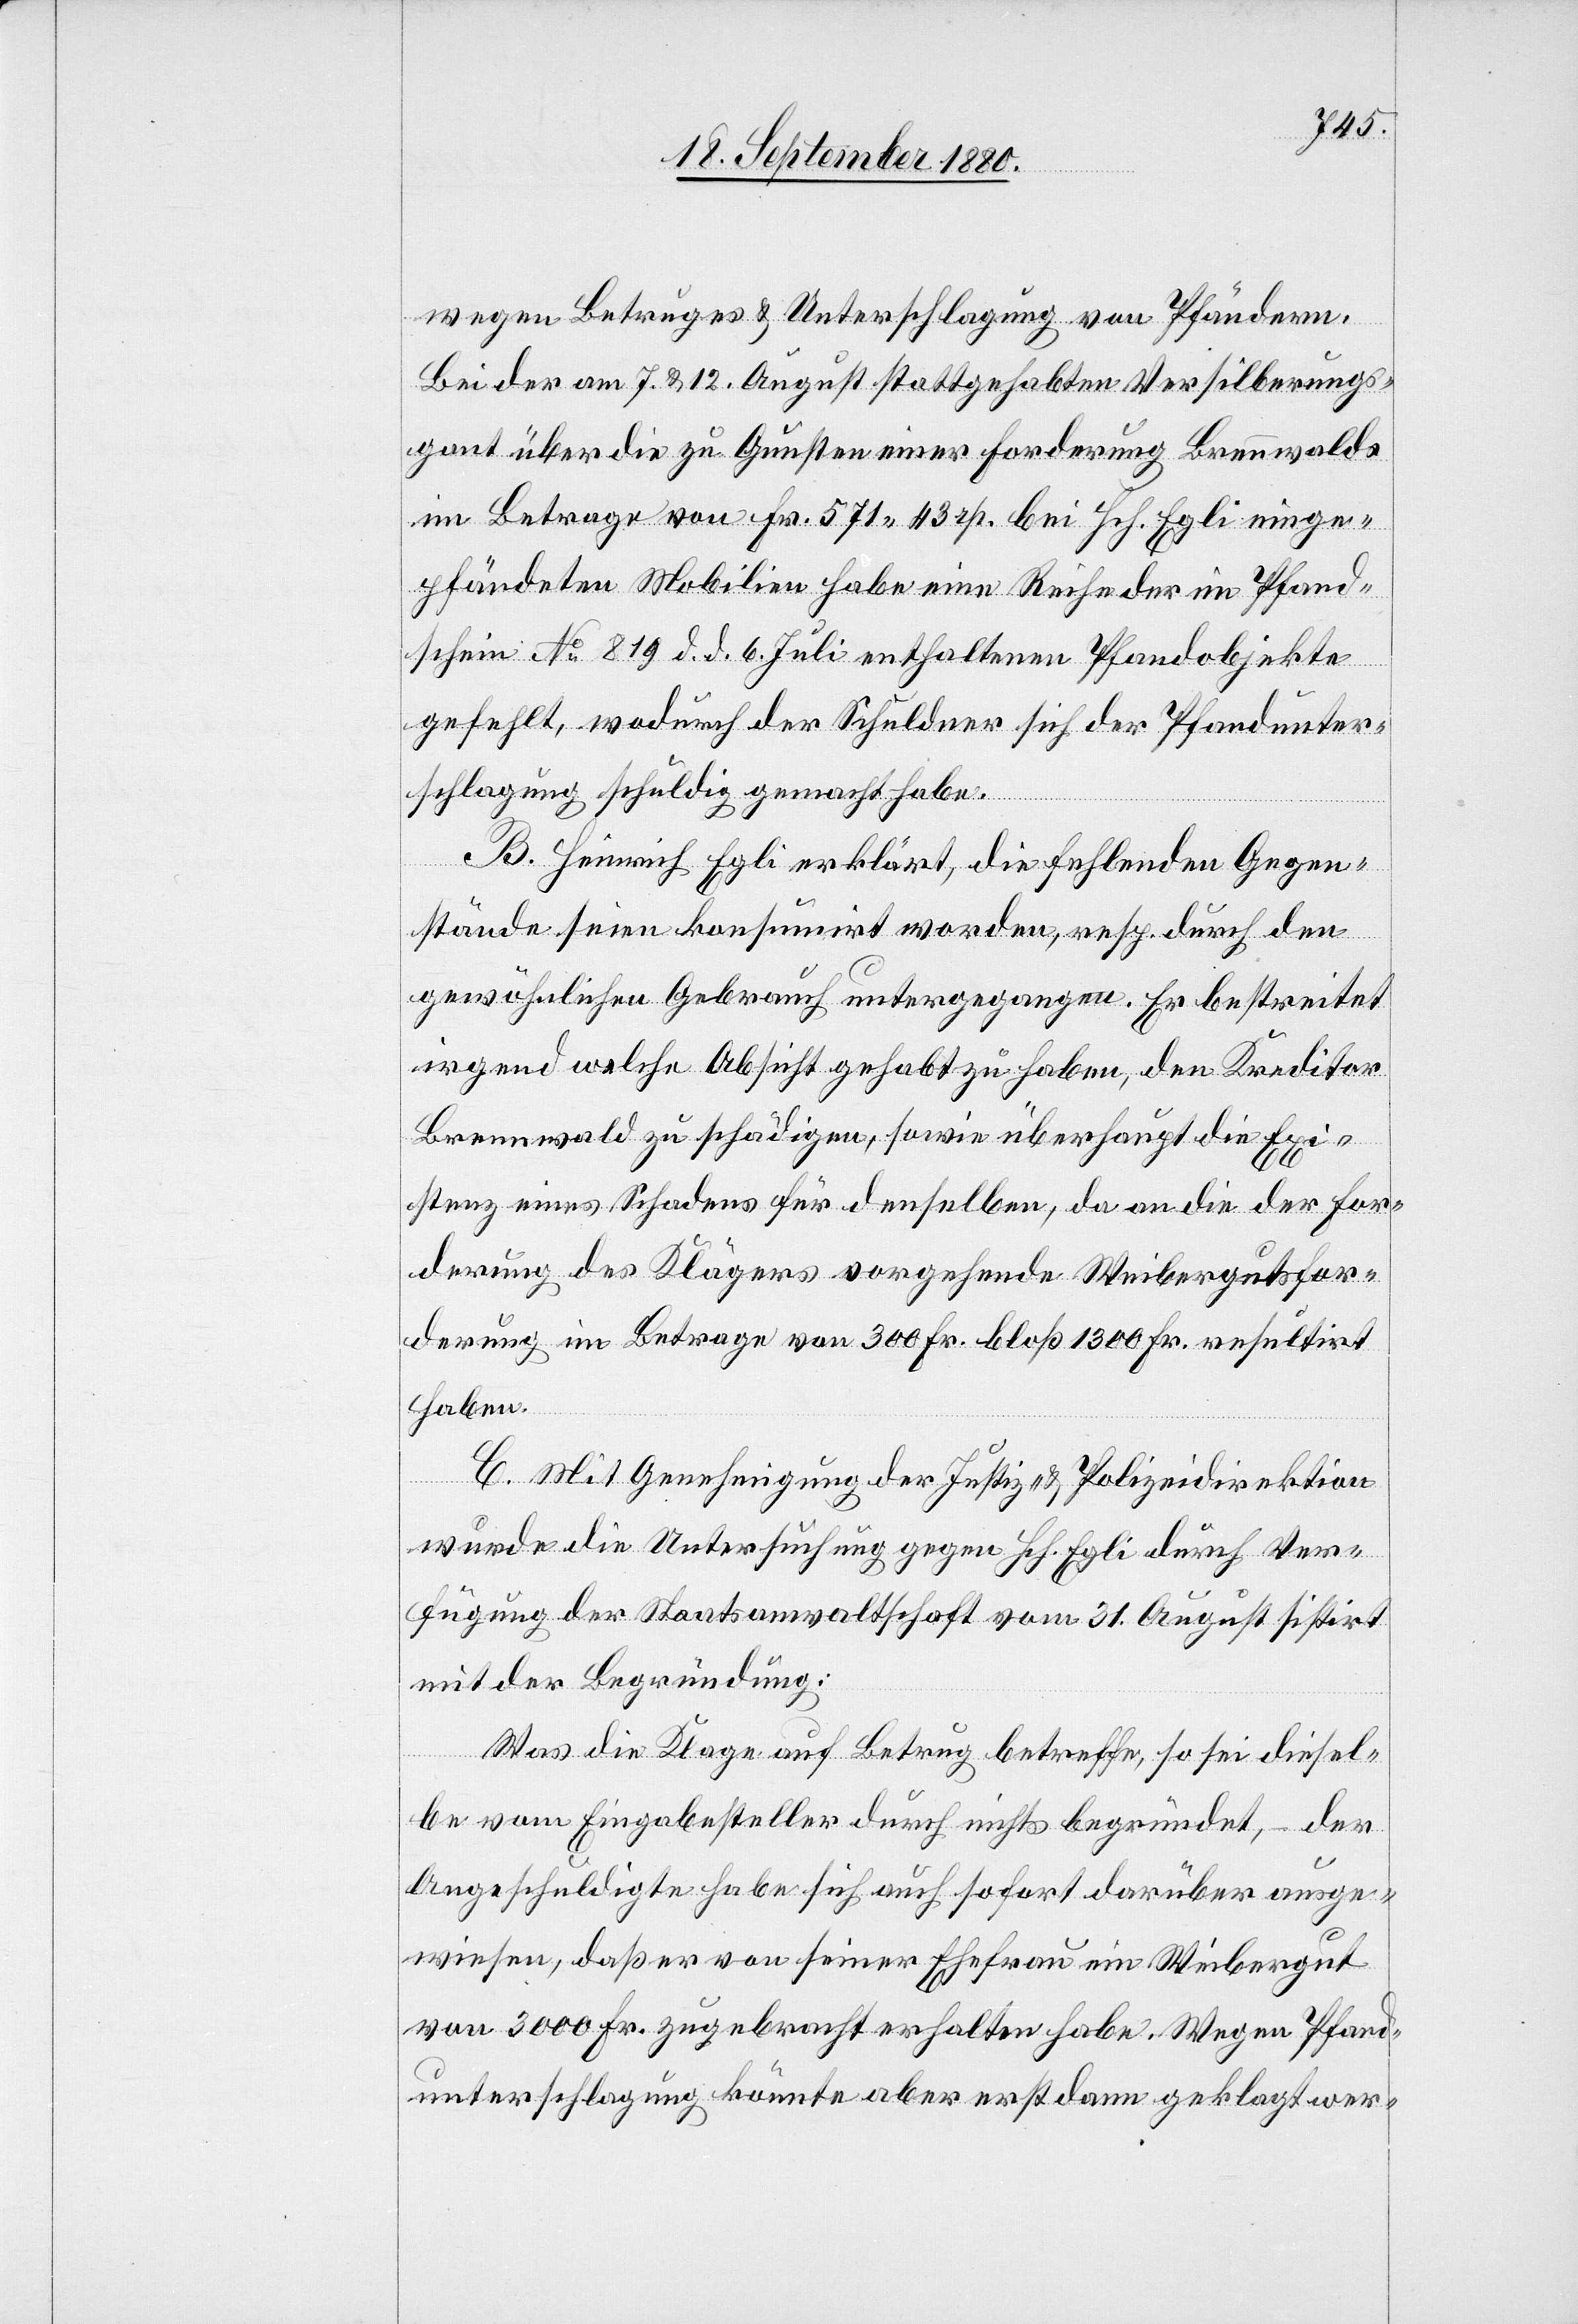
wegen Betruge & Unterschlagung von Pfändern.
Bei der am 7. & 12. August stattgehabten Versilberungs¬
gant über die zu Gunsten einer Forderung Brennwalds
im Betrage von Fr. 571 43 Rp. bei Hch. Egli einge¬
pfändeten Mobilien habe eine Reihe der im Pfand¬
schein No 819 d. d. 6. Juli enthaltenen Pfandobjekte
gefehlt, wodurch der Schuldner sich der Pfandunter¬
schlagung schuldig gemacht habe.
B. Heinrich Egli erklärt, die fehlenden Gegen¬
stände seien konsumirt worden, resp. durch den
gewöhnlichen Gebrauch untergegangen. Er bestreitet
irgendwelche Absicht gehabt zu haben, den Kreditor
Brennwald zu schädigen, sowie überhaupt die Exi¬
stenz eines Schadens für denselben, da an die der For¬
derung des Klägers vorgehende Weibergutsfor¬
derung im Betrage von 300 Fr. bloß 1300 Fr. resultirt
haben.
C. Mit Genehmigung der Justiz- & Polizeidirektion
wurde die Untersuchung gegen Hch. Egli durch Ver¬
fügung der Staatsanwaltschaft vom 31. August sistirt
mit der Begründung:
Was die Klage auf Betrug betreffe, so sei diesel¬
be vom Eingabesteller durch nichts begründet, der
Angeschuldigte habe sich auch sofort darüber ausge¬
wiesen, daß er von seiner Ehefrau ein Weibergut
von 3000 Fr. zugebracht erhalten habe. Wegen Pfand¬
unterschlagung könnte aber erst dann geklagt wer-